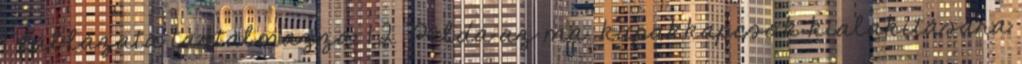
1. táblázata tartalmazza. 1.2. Példa az ma. kupakkapcsok kialakítására